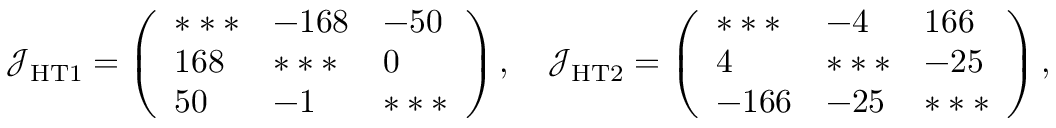
\mathcal { J _ { \mathrm { H T 1 } } } = \left( \begin{array} { l l l } { * * * } & { - 1 6 8 } & { - 5 0 } \\ { 1 6 8 } & { * * * } & { 0 } \\ { 5 0 } & { - 1 } & { * * * } \end{array} \right) , \quad \mathcal { J _ { \mathrm { H T 2 } } } = \left( \begin{array} { l l l } { * * * } & { - 4 } & { 1 6 6 } \\ { 4 } & { * * * } & { - 2 5 } \\ { - 1 6 6 } & { - 2 5 } & { * * * } \end{array} \right) ,